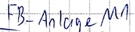
Text: FB_Anlage M1